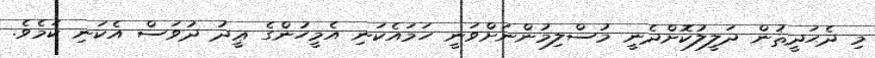
މި ދެޙަދީޘުން ދަލީލުކޮށްދެނީ މުސްލިމުންނަށްވަނީ ހަމައެކަނި އެމީހުންގެ ޢީދު ދުވަސް އެކަނި ކަމެވެ.